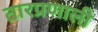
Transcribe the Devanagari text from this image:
तारप्रणाली